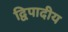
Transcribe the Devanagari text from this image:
द्विपादीय